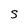
Character: S